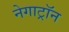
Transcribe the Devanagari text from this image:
नेगाट्रॉन